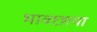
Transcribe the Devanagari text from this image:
भावछाया